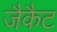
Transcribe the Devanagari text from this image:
जैकैट